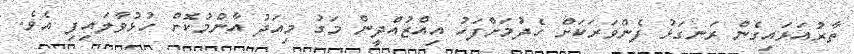
ތާރުއަޅައިގެން ރަނގަޅު ފެންވަރަކަށް ހެދުމަށްފަހު އިއްޒުއްދީން މަގު މިއަދު އާންމުކޮށް ހުޅުވާލައިފި އެވެ.